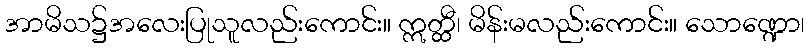
အာမိသ၌အလေးပြုသူလည်းကောင်း။ ဣတ္ထီ၊ မိန်းမလည်းကောင်း။ သောဏ္ဍော၊